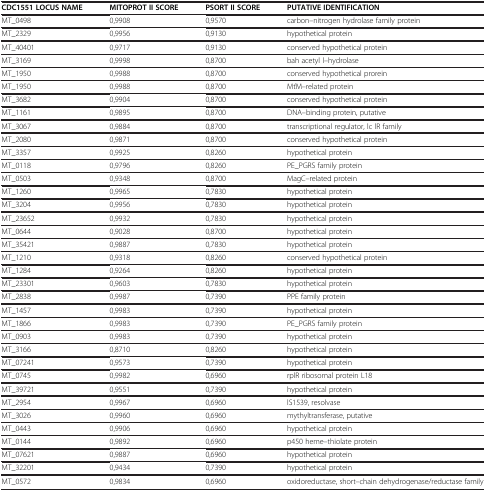
<table><thead><tr><td><b>CDC1551 LOCUS NAME</b></td><td><b>MITOPROT II SCORE</b></td><td><b>PSORT II SCORE</b></td><td><b>PUTATIVE IDENTIFICATION</b></td></tr></thead><tbody><tr><td>MT_0498</td><td>0,9908</td><td>0,9570</td><td>carbon–nitrogen hydrolase family protein</td></tr><tr><td>MT_2329</td><td>0,9956</td><td>0,9130</td><td>hypothetical protein</td></tr><tr><td>MT_40401</td><td>0,9717</td><td>0,9130</td><td>conserved hypothetical protein</td></tr><tr><td>MT_3169</td><td>0,9998</td><td>0,8700</td><td>bah acetyl l–hydrolase</td></tr><tr><td>MT_1950</td><td>0,9988</td><td>0,8700</td><td>conserved hypothetical prorein</td></tr><tr><td>MT_1950</td><td>0,9988</td><td>0,8700</td><td>MťM–related protein</td></tr><tr><td>MT_3682</td><td>0,9904</td><td>0,8700</td><td>conserved hypothetical protein</td></tr><tr><td>MT_1161</td><td>0,9895</td><td>0,8700</td><td>DNA–binding protein, putative</td></tr><tr><td>MT_3067</td><td>0,9884</td><td>0,8700</td><td>transcriptional regulator, lc lR family</td></tr><tr><td>MT_2080</td><td>0,9871</td><td>0,8700</td><td>conserved hypothetical protein</td></tr><tr><td>MT_3357</td><td>0,9925</td><td>0,8260</td><td>hypothetical protein</td></tr><tr><td>MT_0118</td><td>0,9796</td><td>0,8260</td><td>PE_PGRS family protein</td></tr><tr><td>MT_0503</td><td>0,9348</td><td>0,8700</td><td>MagC–related protein</td></tr><tr><td>MT_1260</td><td>0,9965</td><td>0,7830</td><td>hypothetical protein</td></tr><tr><td>MT_3204</td><td>0,9956</td><td>0,7830</td><td>hypothetical protein</td></tr><tr><td>MT_23652</td><td>0,9932</td><td>0,7830</td><td>hypothetical protein</td></tr><tr><td>MT_0644</td><td>0,9028</td><td>0,8700</td><td>hypothetical protein</td></tr><tr><td>MT_35421</td><td>0,9887</td><td>0,7830</td><td>hypothetical protein</td></tr><tr><td>MT_1210</td><td>0,9318</td><td>0,8260</td><td>conserved hypothetical protein</td></tr><tr><td>MT_1284</td><td>0,9264</td><td>0,8260</td><td>hypothetical protein</td></tr><tr><td>MT_23301</td><td>0,9603</td><td>0,7830</td><td>hypothetical protein</td></tr><tr><td>MT_2838</td><td>0,9987</td><td>0,7390</td><td>PPE family protein</td></tr><tr><td>MT_1457</td><td>0,9983</td><td>0,7390</td><td>hypothetical protein</td></tr><tr><td>MT_1866</td><td>0,9983</td><td>0,7390</td><td>PE_PGRS family protein</td></tr><tr><td>MT_0903</td><td>0,9983</td><td>0,7390</td><td>hypothetical protein</td></tr><tr><td>MT_3166</td><td>0,8710</td><td>0,8260</td><td>hypothetical protein</td></tr><tr><td>MT_07241</td><td>0,9573</td><td>0,7390</td><td>hypothetical protein</td></tr><tr><td>MT_0745</td><td>0,9982</td><td>0,6960</td><td>rplR ribosomal protein L18</td></tr><tr><td>MT_39721</td><td>0,9551</td><td>0,7390</td><td>hypothetical protein</td></tr><tr><td>MT_2954</td><td>0,9967</td><td>0,6960</td><td>lS1539, resolvase</td></tr><tr><td>MT_3026</td><td>0,9960</td><td>0,6960</td><td>mythyltransferase, putative</td></tr><tr><td>MT_0443</td><td>0,9906</td><td>0,6960</td><td>hypothetical protein</td></tr><tr><td>MT_0144</td><td>0,9892</td><td>0,6960</td><td>p450 heme–thiolate protein</td></tr><tr><td>MT_07621</td><td>0,9887</td><td>0,6960</td><td>hypothetical protein</td></tr><tr><td>MT_32201</td><td>0,9434</td><td>0,7390</td><td>hypothetical protein</td></tr><tr><td>MT_0572</td><td>0,9834</td><td>0,6960</td><td>oxidoreductase, short–chain dehydrogenase/reductase family</td></tr></tbody></table>